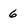
Character: 6